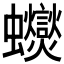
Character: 𲀕